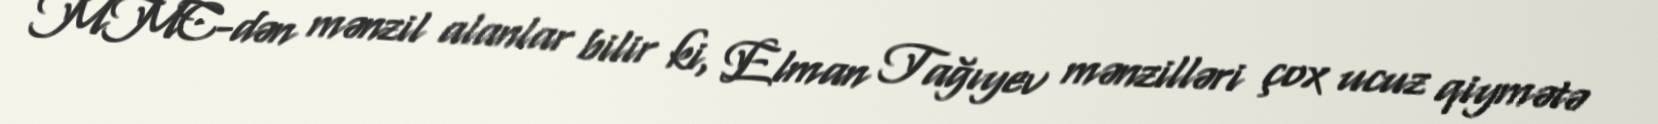
MMC-dən mənzil alanlar bilir ki, Elman Tağıyev mənzilləri çox ucuz qiymətə